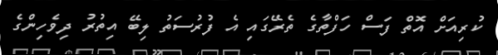
ކުރިއަށް އޮތް ފަސް ހަފްތާގެ ތެރޭގައި އެ ފުރުސަތު ލިބޭ އިތުރު ދިވެހިންގެ